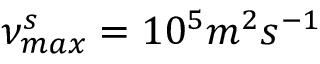
\nu _ { m a x } ^ { s } = 1 0 ^ { 5 } m ^ { 2 } s ^ { - 1 }